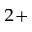
^ { 2 + }